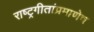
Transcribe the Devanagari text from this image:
राष्ट्रगीतांप्रमाणेच